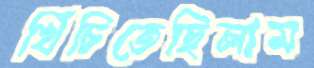
খিঁচিতেছিলাম